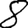
Digit: 8